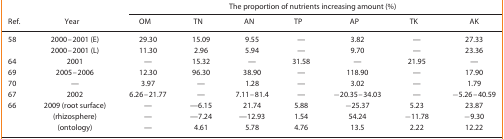
<table><thead><tr><td rowspan="2"><b>Ref.</b></td><td rowspan="2"><b>Year</b></td><td colspan="7"><b>The proportion of nutrients increasing amount (%)</b></td></tr><tr><td><b>OM</b></td><td><b>TN</b></td><td><b>AN</b></td><td><b>TP</b></td><td><b>AP</b></td><td><b>TK</b></td><td><b>AK</b></td></tr></thead><tbody><tr><td rowspan="2">58</td><td>2000–2001 (E)</td><td>29.30</td><td>15.09</td><td>9.55</td><td>—</td><td>3.82</td><td>—</td><td>27.33</td></tr><tr><td>2000–2001 (L)</td><td>11.30</td><td>2.96</td><td>5.94</td><td>—</td><td>9.70</td><td>—</td><td>23.36</td></tr><tr><td>64</td><td>2001</td><td>—</td><td>15.32</td><td>—</td><td>31.58</td><td>—</td><td>21.95</td><td>—</td></tr><tr><td>69</td><td>2005–2006</td><td>12.30</td><td>96.30</td><td>38.90</td><td>—</td><td>118.90</td><td>—</td><td>17.90</td></tr><tr><td>70</td><td>—</td><td>3.97</td><td>—</td><td>1.28</td><td>—</td><td>3.02</td><td>—</td><td>1.79</td></tr><tr><td>67</td><td>2002</td><td>6.26–21.77</td><td>—</td><td>7.11–81.4</td><td>—</td><td>−20.35–34.03</td><td>—</td><td>−5.26–40.59</td></tr><tr><td rowspan="3">66</td><td>2009 (root surface)</td><td>—</td><td>—6.15</td><td>21.74</td><td>5.88</td><td>−25.37</td><td>5.23</td><td>23.87</td></tr><tr><td>(rhizosphere)</td><td>—</td><td>—7.24</td><td>—12.93</td><td>1.54</td><td>54.24</td><td>−11.78</td><td>−9.30</td></tr><tr><td>(ontology)</td><td>—</td><td>4.61</td><td>5.78</td><td>4.76</td><td>13.5</td><td>2.22</td><td>12.22</td></tr></tbody></table>